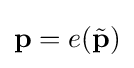
\mathbf {p} =e({\tilde {\mathbf {p} }})